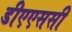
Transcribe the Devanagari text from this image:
डीएएससी